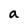
Character: a